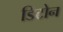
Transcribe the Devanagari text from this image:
डिटोन